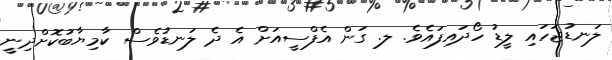
ލަނޑުޖަހައި ލީޑު ހޯދައިފައެވެ. ލ. ގަން އެފްސީއަށް އެ ދެ ލަނޑުވެސް ކާމިޔާބުކޮށްދިނީ